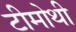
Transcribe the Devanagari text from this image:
टीमोथी